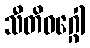
သီတိဝဂ္ဂေါ